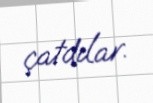
çatdılar.